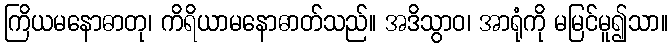
ကြိယမနောဓာတု၊ ကိရိယာမနောဓာတ်သည်။ အဒိသွာဝ၊ အာရုံကို မမြင်မူ၍သာ။